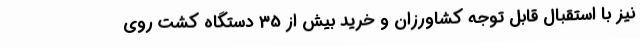
نیز با استقبال قابل توجه کشاورزان و خرید بیش از 35 دستگاه کشت روی